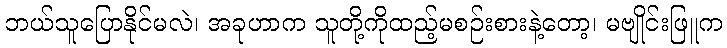
ဘယ်သူပြောနိုင်မလဲ၊ အခုဟာက သူတို့ကိုထည့်မစဉ်းစားနဲ့တော့၊ မဗျိုင်းဖြူက